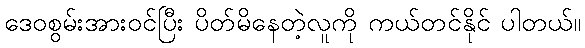
ဒေဝစွမ်းအားဝင်ပြီး ပိတ်မိနေတဲ့လူကို ကယ်တင်နိုင် ပါတယ်။